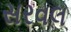
સરવલ